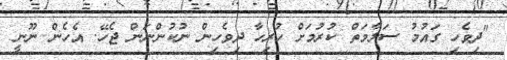
"ދިވެހި ގައުމު ސަލާމަތް ކުރުމަށް ހުރިހާ ދިވެހިން ނުކުންނަން ޖެހޭ. އެހެން ނޫނީ